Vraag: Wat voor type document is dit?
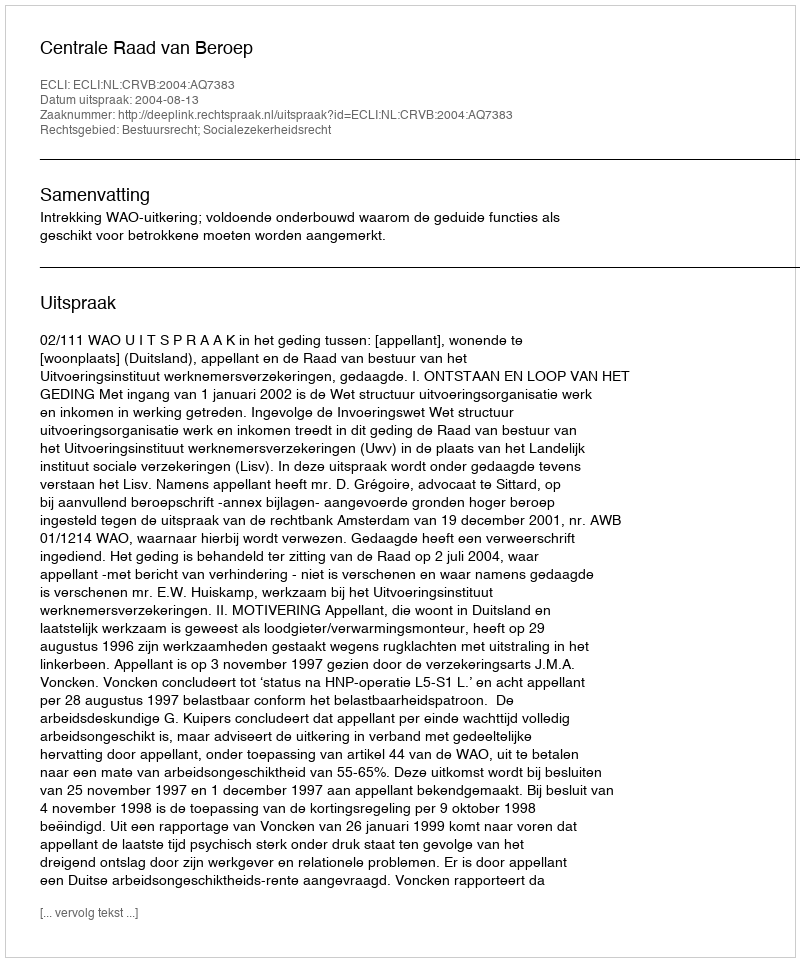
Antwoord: Uitspraak